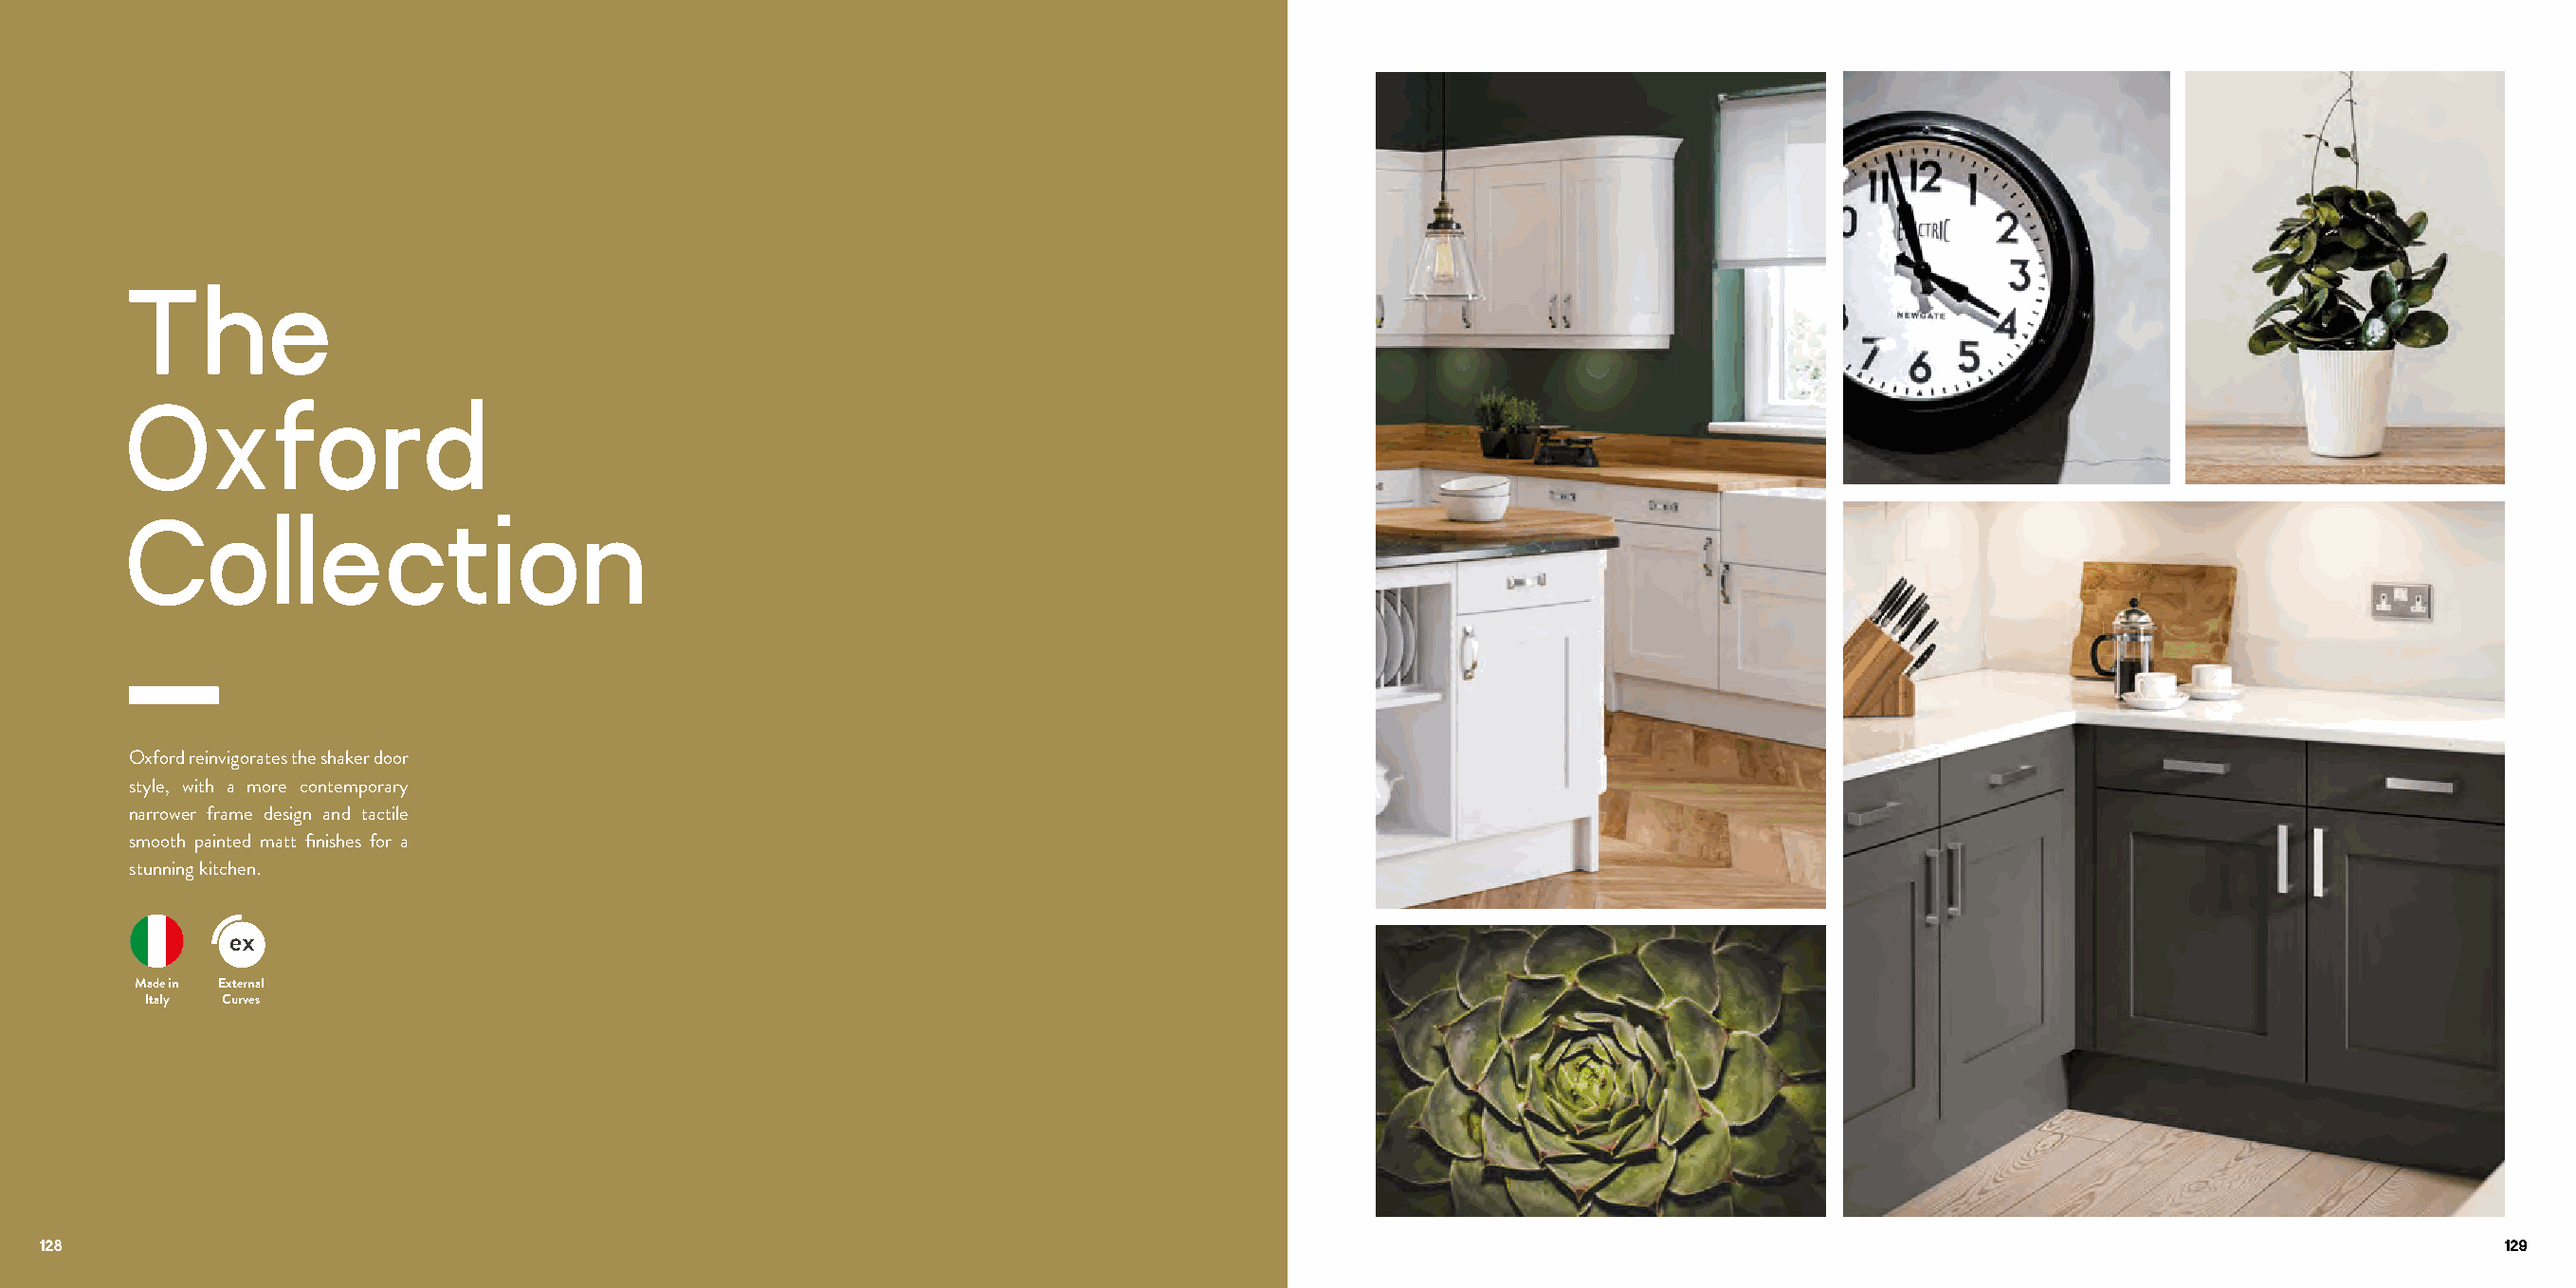
The
 Oxford
 Collection
 Oxford reinvigorates the shaker door
 style, with a more contemporary
 narrower frame design and tactile
 smooth painted matt finishes for a
 stunning kitchen.
 Made in External
 Italy Curves
 128                                                                                                                                                                         129